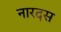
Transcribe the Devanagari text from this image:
नारदस